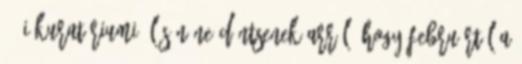
19-i kuratóriumi ülésén ne döntsenek arról, hogy februártól a